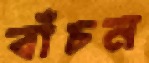
বাঁচন